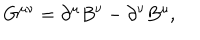
G ^ { \mu \nu } = \partial ^ { \mu } B ^ { \nu } - \partial ^ { \nu } B ^ { \mu } ,